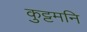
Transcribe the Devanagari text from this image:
कुट्टमनि